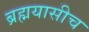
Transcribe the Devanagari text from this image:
ब्रह्मयासीच